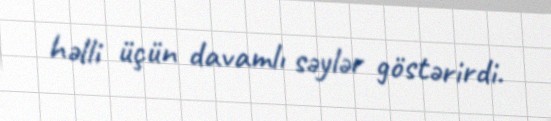
həlli üçün davamlı səylər göstərirdi.